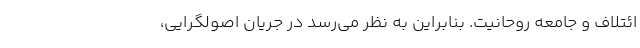
ائتلاف و جامعه روحانیت. بنابراین به نظر می‌رسد در جریان اصولگرایی،